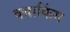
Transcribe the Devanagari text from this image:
क्याकिंग